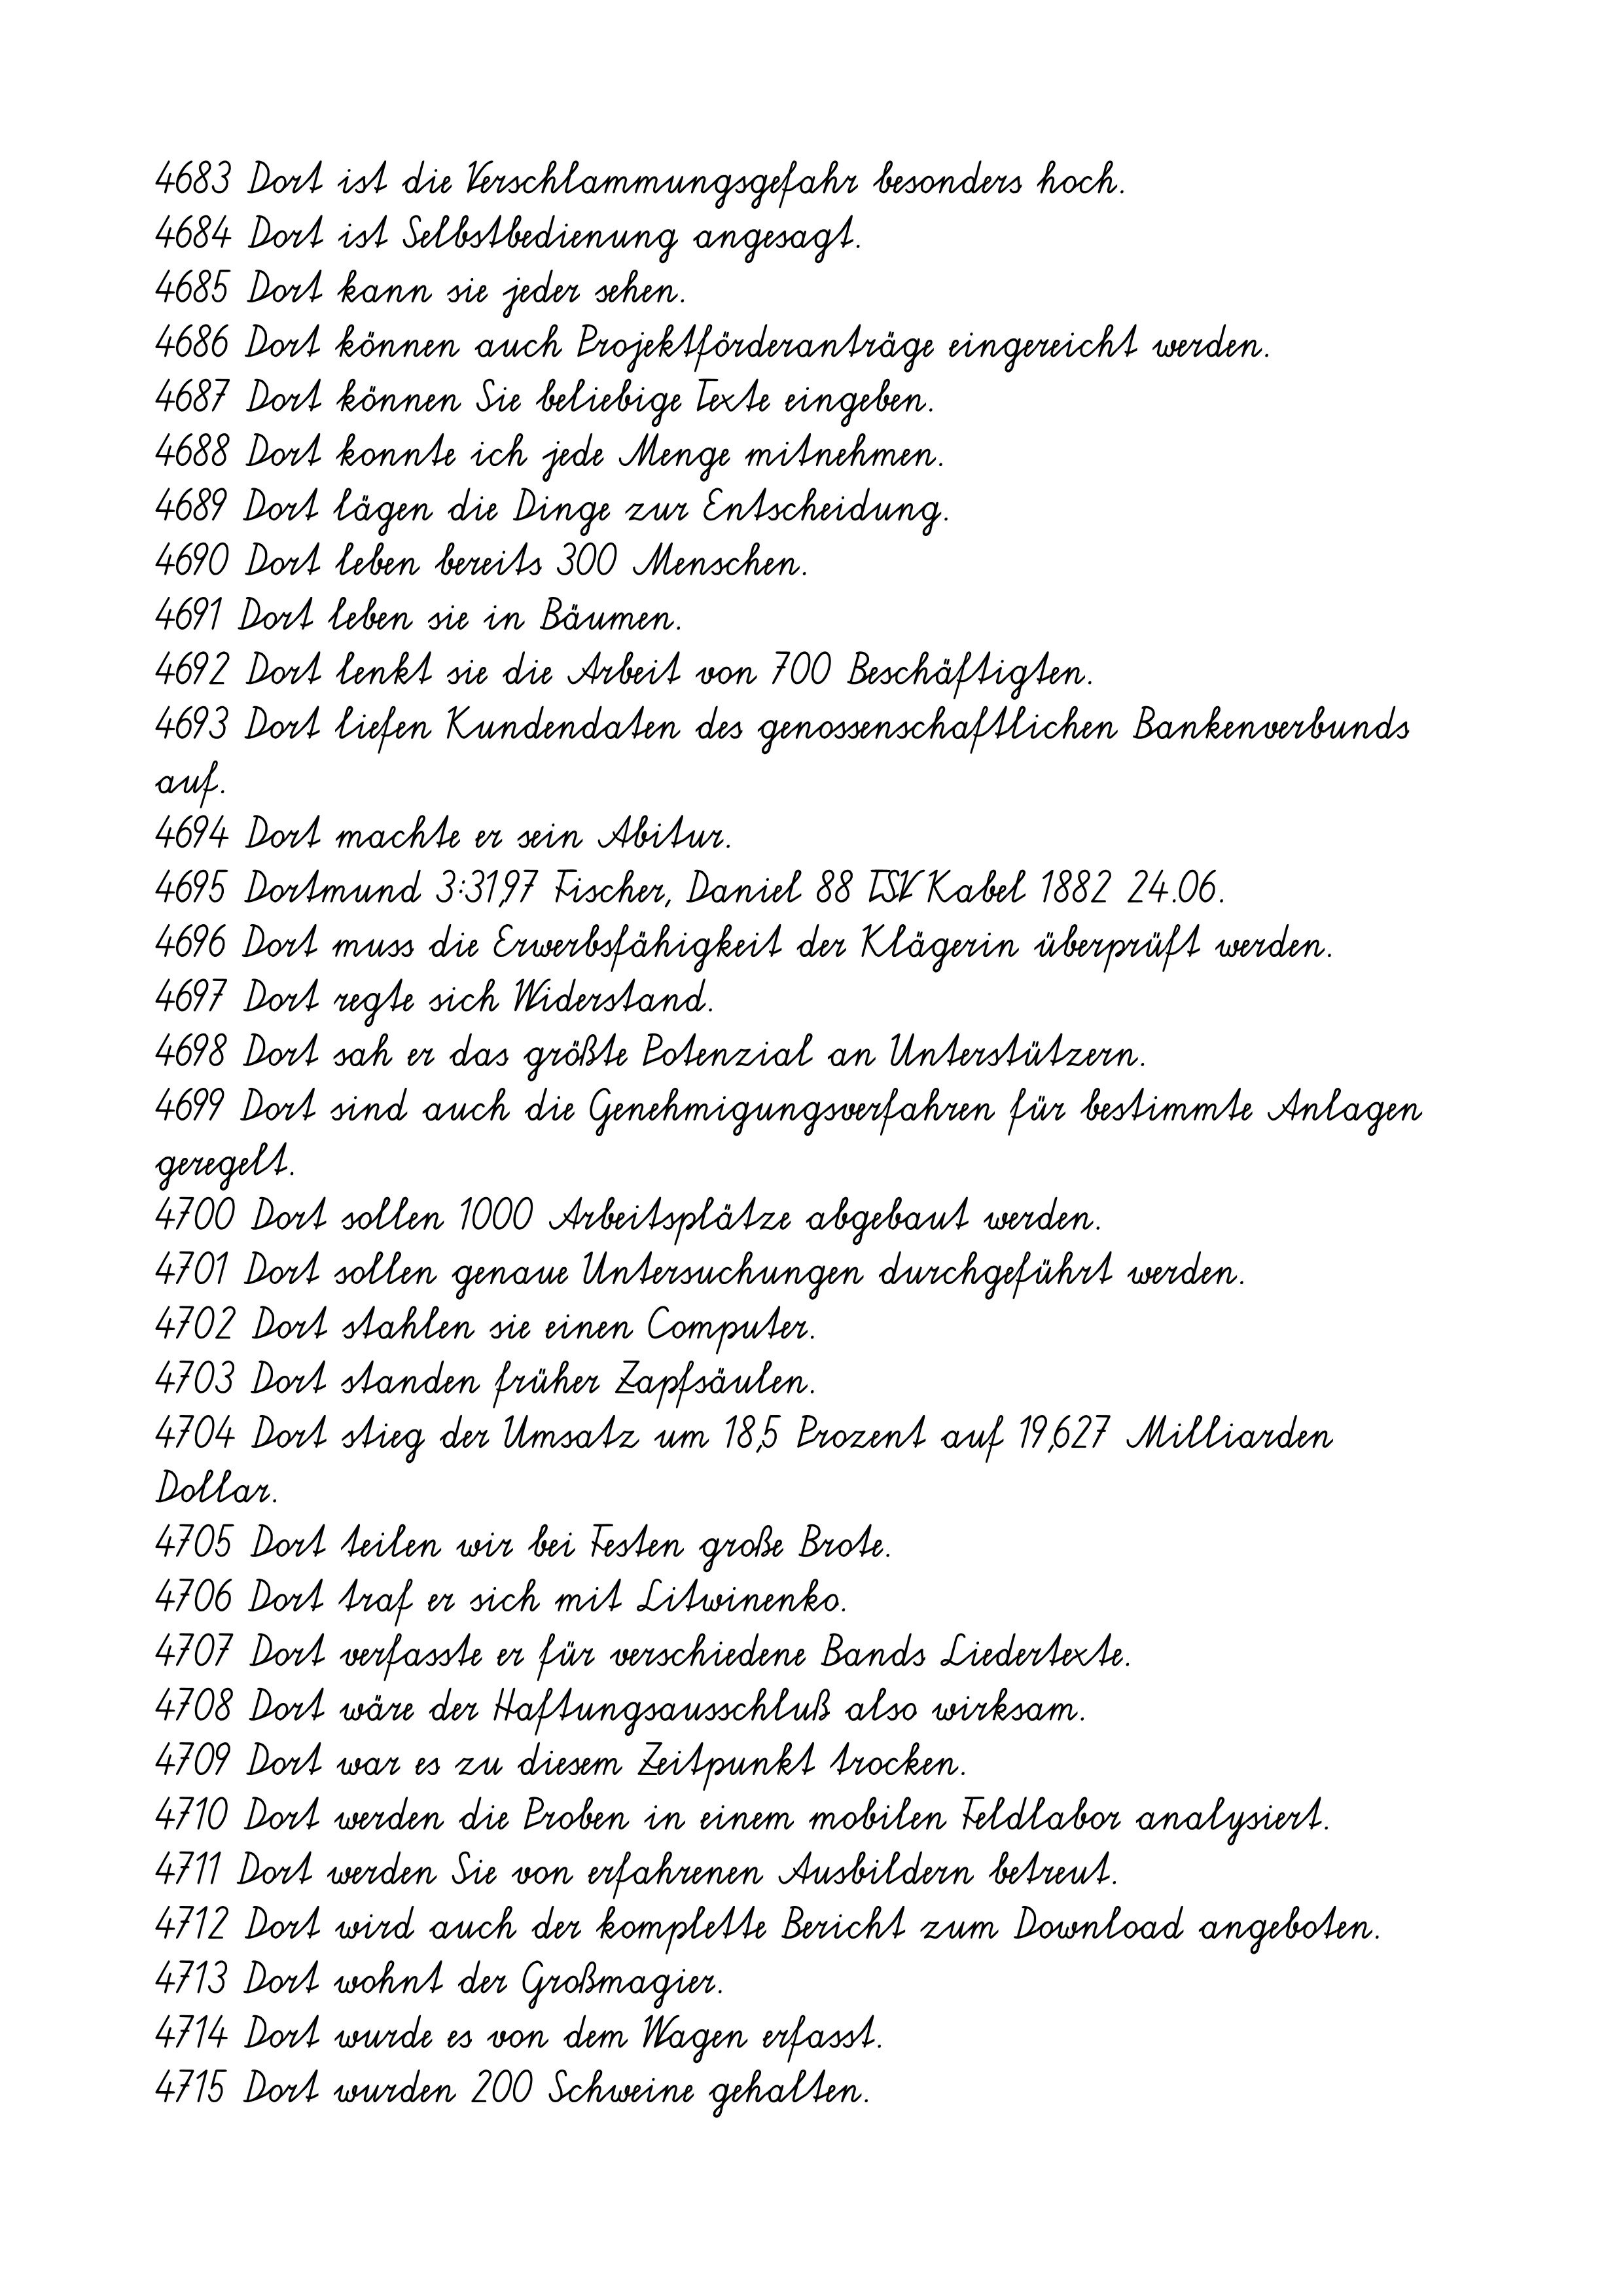
4716 Dort wurden die Erfinder von Interessenten überrannt.
4717 Dort wurden für 500 Artikel Preissenkungen vorgenommen.
4718 Dort wurden heftige Winde vorhergesagt.
4719 Dort wurden insgesamt 150 Alltagsgeschichten aus Salzburg
gesammelt.
4720 Dort zeigen 46 Vereinsmitglieder ihre Werke.
4721 Draussen steht doch die große Eiche.
4722 Drei Aquarelle über Bleistift.
4723 Drei Autos kommen.
4724 Drei der Masters hatten Pech.
4725 Drei Menschen wurden verletzt, 20 Hausbewohner evakuiert.
4726 Drei Millionen sahen die Live-Übertragung in SAT.1.
4727 Drinnen ist draußen.
4728 Dritter im Bunde ist Andreas Knüttel.
4729 Drogenextrakt Auszug aus einer Pflanze (Droge).
4730 Droht den Jenaern in Zukunft eine Zwei-Klassen-Medizin?
4731 Dr. Quarg zog mich zu Rate.
4732 Du bist der Superstar.
4733 Du bist durch Kings Cross eingetreten.
4734 Du glaubtest, ich läge falsch.
4735 Du hast aus dem Internet ein Bild auf eine Diskette kopiert.
4736 "Du hast ganz recht."
4737 Dumm durch ein Übermaß an Klugheit.
4738 Dunkel war es geworden.
4739 Durch den Brand wurden fünf Transporter und ein Bagger zerstört.
4740 Durch den geplanten Eingriff ergibt keine Veränderung der
Situation.
4741 Durch den hohen Zellulosegehalt sind die Kokosfasern durch
Fremdentzündung feuergefährdet.
4742 Durch den verbesserten Arbeitsmarkt haben sich die Kosten bei den
Lohnersatzleistungen verringert.
4743 Durch den Zusammenprall wurde der 51-Jährige leicht verletzt.
4744 Durch die Abriegelung hatte die Regierung einen Parteitag der NDL
verhindert.
4745 Durch die Behandlung sollen möglichst alle bösartigen Zellen
zerstört werden.